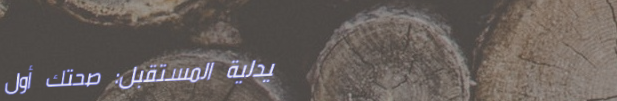
صيدلية المستقبل: صحتك أول